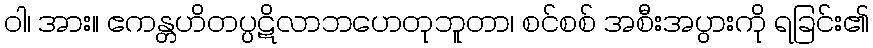
ဝါ၊ အား။ ဧကန္တဟိတပ္ပဋိလာဘဟေတုဘူတာ၊ စင်စစ် အစီးအပွားကို ရခြင်း၏